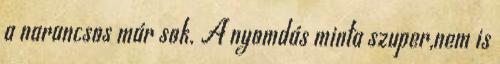
a narancsos már sok. A nyomdás minta szuper,nem is